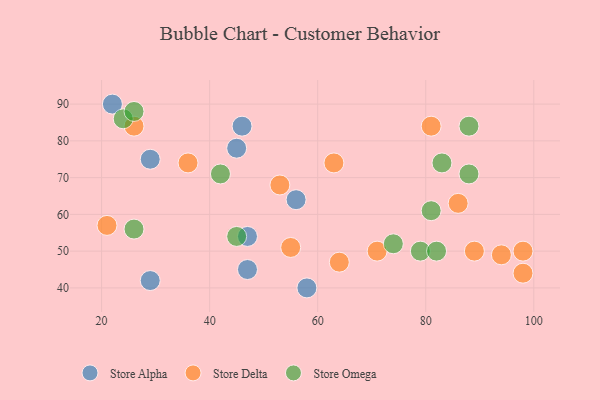
{"axis": {"x": "GDP", "y": "Life Expectancy"}, "legend": ["Store Alpha", "Store Delta", "Store Omega"], "data": [{"x": "29", "y": 42, "type": "Store Alpha"}, {"x": "29", "y": 75, "type": "Store Alpha"}, {"x": "45", "y": 78, "type": "Store Alpha"}, {"x": "58", "y": 40, "type": "Store Alpha"}, {"x": "56", "y": 64, "type": "Store Alpha"}, {"x": "22", "y": 90, "type": "Store Alpha"}, {"x": "47", "y": 45, "type": "Store Alpha"}, {"x": "47", "y": 54, "type": "Store Alpha"}, {"x": "46", "y": 84, "type": "Store Alpha"}, {"x": "94", "y": 49, "type": "Store Delta"}, {"x": "89", "y": 50, "type": "Store Delta"}, {"x": "64", "y": 47, "type": "Store Delta"}, {"x": "81", "y": 84, "type": "Store Delta"}, {"x": "55", "y": 51, "type": "Store Delta"}, {"x": "36", "y": 74, "type": "Store Delta"}, {"x": "26", "y": 84, "type": "Store Delta"}, {"x": "71", "y": 50, "type": "Store Delta"}, {"x": "53", "y": 68, "type": "Store Delta"}, {"x": "63", "y": 74, "type": "Store Delta"}, {"x": "98", "y": 50, "type": "Store Delta"}, {"x": "21", "y": 57, "type": "Store Delta"}, {"x": "86", "y": 63, "type": "Store Delta"}, {"x": "98", "y": 44, "type": "Store Delta"}, {"x": "88", "y": 71, "type": "Store Omega"}, {"x": "79", "y": 50, "type": "Store Omega"}, {"x": "42", "y": 71, "type": "Store Omega"}, {"x": "24", "y": 86, "type": "Store Omega"}, {"x": "74", "y": 52, "type": "Store Omega"}, {"x": "81", "y": 61, "type": "Store Omega"}, {"x": "82", "y": 50, "type": "Store Omega"}, {"x": "83", "y": 74, "type": "Store Omega"}, {"x": "88", "y": 84, "type": "Store Omega"}, {"x": "26", "y": 88, "type": "Store Omega"}, {"x": "26", "y": 56, "type": "Store Omega"}, {"x": "45", "y": 54, "type": "Store Omega"}]}